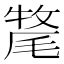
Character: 𭯡